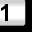
Digit: 1